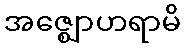
အဇ္ဈောဟရာမိ